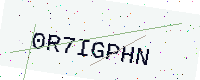
Text: 0R7IGPHN